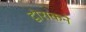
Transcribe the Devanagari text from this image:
द्वोराकने